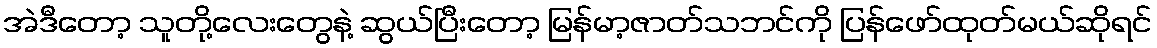
အဲဒီတော့ သူတို့လေးတွေနဲ့ ဆွယ်ပြီးတော့ မြန်မာ့ဇာတ်သဘင်ကို ပြန်ဖော်ထုတ်မယ်ဆိုရင်